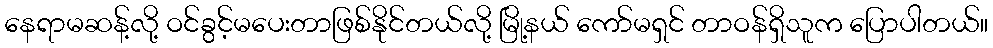
နေရာမဆန့်လို့ ဝင်ခွင့်မပေးတာဖြစ်နိုင်တယ်လို့ မြို့နယ် ကော်မရှင် တာဝန်ရှိသူက ပြောပါတယ်။